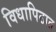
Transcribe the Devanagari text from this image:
विधापिठात